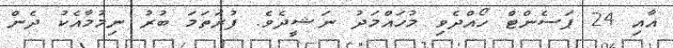
އާއި 24 ޕަސެންޓް ހޯއްދެވި މުހައްމަދު ނަޝީދެވެ. ފުރަތަމަ ބުރު ނިމުމާއެކު ދެން